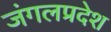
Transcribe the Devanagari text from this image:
जंगलप्रदेश